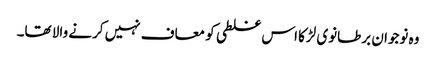
وہ نوجوان برطانوی لڑکا اس غلطی کو معاف نہیں کرنے والا تھا۔